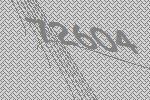
72604